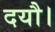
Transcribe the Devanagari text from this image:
दयौ।